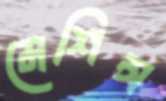
মেশিন্স